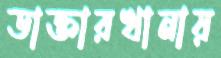
ডাক্তারখানায়